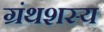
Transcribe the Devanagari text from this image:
ग्रंथशस्य